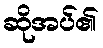
ဆိုအပ်၏